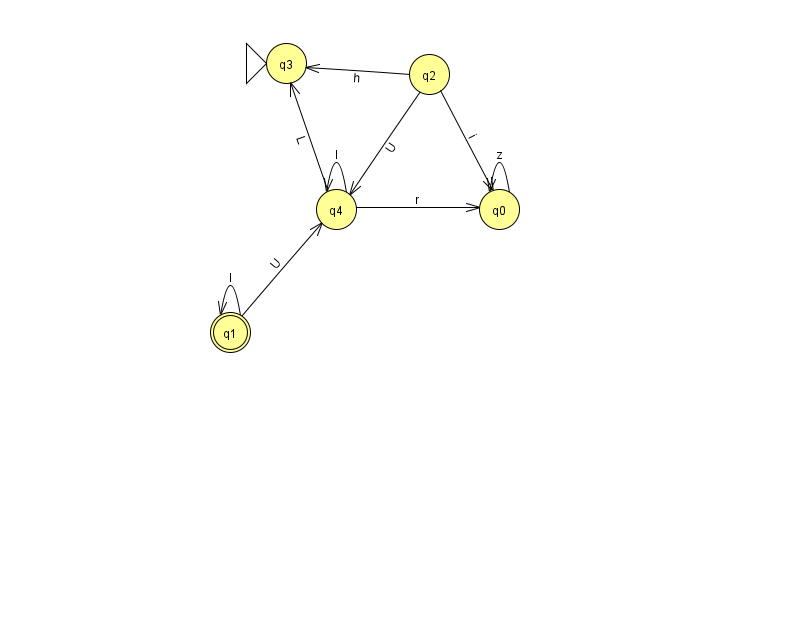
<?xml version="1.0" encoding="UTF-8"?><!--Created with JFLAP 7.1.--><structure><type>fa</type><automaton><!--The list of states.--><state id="0" name="q0"><x>499.0</x><y>196.0</y></state><state id="1" name="q1"><x>230.0</x><y>319.0</y><final/></state><state id="2" name="q2"><x>429.0</x><y>61.0</y></state><state id="3" name="q3"><x>286.0</x><y>50.0</y><initial/></state><state id="4" name="q4"><x>336.0</x><y>196.0</y></state><!--The list of transitions.--><transition><from>2</from><to>4</to><read>U</read></transition><transition><from>2</from><to>0</to><read>i</read></transition><transition><from>1</from><to>1</to><read>I</read></transition><transition><from>0</from><to>0</to><read>z</read></transition><transition><from>4</from><to>0</to><read>r</read></transition><transition><from>1</from><to>4</to><read>U</read></transition><transition><from>4</from><to>4</to><read>l</read></transition><transition><from>4</from><to>3</to><read>L</read></transition><transition><from>2</from><to>3</to><read>h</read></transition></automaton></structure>